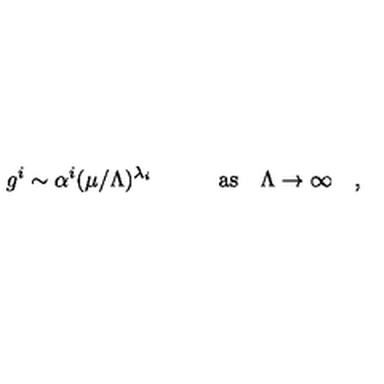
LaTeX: g ^ { i } \sim \alpha ^ { i } ( \mu / \Lambda ) ^ { \lambda _ { i } } \quad \quad \quad \mathrm { a s } \quad \Lambda \to \infty \quad ,